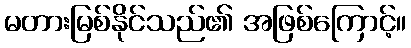
မတားမြစ်နိုင်သည်၏ အဖြစ်ကြောင့်။